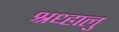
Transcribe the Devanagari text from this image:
श्रध्हालु